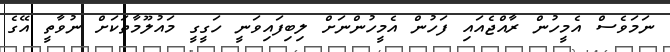
ނަމަވެސް އެމީހުން ރާއްޖެއައި ފަހުން އެމީހުންނަށް ލިބިފައިވަނީ ހަގީގީ މައުލޫމާތަކަށް ނުވާތީ އޭގެ